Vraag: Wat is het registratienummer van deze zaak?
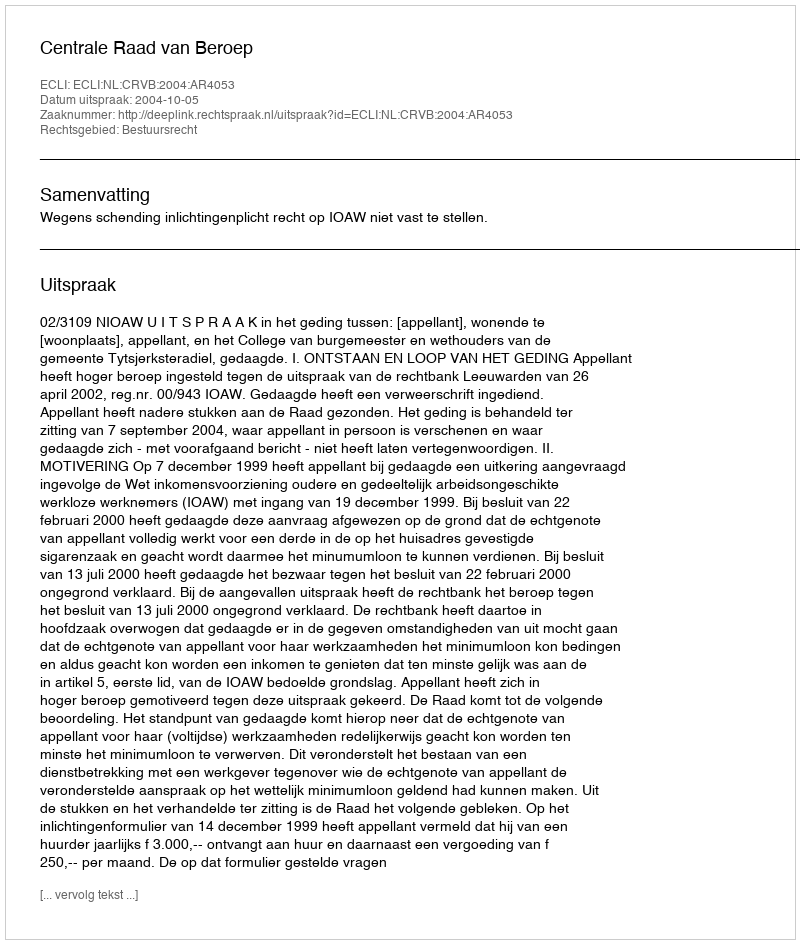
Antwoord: http://deeplink.rechtspraak.nl/uitspraak?id=ECLI:NL:CRVB:2004:AR4053